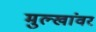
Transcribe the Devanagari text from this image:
मुल्खांवर